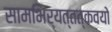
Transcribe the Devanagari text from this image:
सामभिर्यत्तत्कवयो